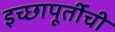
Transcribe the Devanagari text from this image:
इच्छापूर्तीची